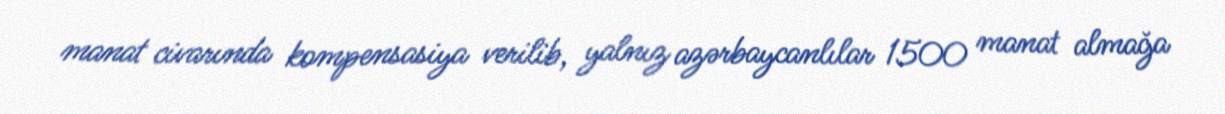
manat civarında kompensasiya verilib, yalnız azərbaycanlılar 1500 manat almağa